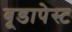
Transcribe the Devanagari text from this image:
बूडापेस्ट